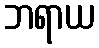
ဘရာယ